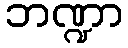
ဘဏ္ဍာ